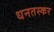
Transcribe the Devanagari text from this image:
धनतस्कर